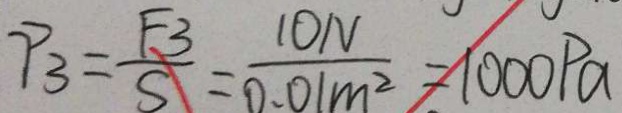
P _ { 3 } = \frac { F _ { 3 } } { S } = \frac { 1 0 N } { 0 . 0 1 m ^ { 2 } } = 1 0 0 0 P a